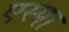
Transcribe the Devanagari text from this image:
एस्पा